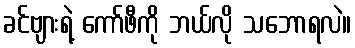
ခင်ဗျားရဲ့ ကော်ဖီကို ဘယ်လို သဘောရလဲ။